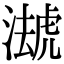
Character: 𧇦